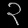
Digit: ၃